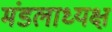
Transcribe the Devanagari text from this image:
मंडलाध्यक्ष